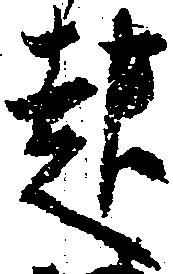
起